Vital statistics of India. Vol. V, Reports of 1876 on armies & jails and on epidemic cholera
Year: 1876
Disease focus: Cholera
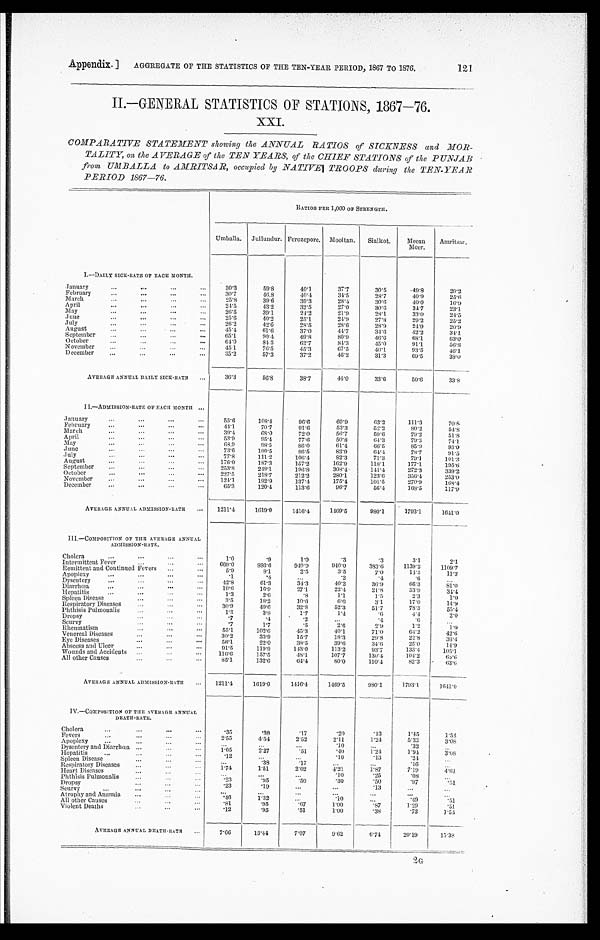
Appendix.] AGGREGATE OF THE STATISTICS OF THE TEN-YEAR PERIOD, 1867 TO 1876.
121
II.—GENERAL STATISTICS OF STATIONS, 1867—76.
XXI.
COMPARATIVE STATEMENT showing the ANNUAL RATIOS of SICKNESS and MOR
-
TALITY, on the AVERAGE of the TEN YEARS, of the CHIEF STATIONS of the PUNJAB
from UMBALLA to AMRITSAR, occupied by NATIVE TROOPS during the TEN-YEAR
PERIOD 1867—76.
RATIOS PER 1,000 OF STRENGTH.
Umballa. Jullundur. Ferozepore. Mooltan.
Sialkot.
Meean
Meer.
Amritsar.
I.—DAILY SICK-RATE OF EACH MONTH.
January . . .
30.3
59.8
40.1
37.7
30.5
49.8
29.2
February . . .
30.7
46.8
. 40. 4
34.5
28.7
40.9
2 5 . 6
March . . .
25.8
39. 6
39.3
28.4
30.6
40.0
16.9
April . . .
24.5
43.2
32.5
27.0
30.6
34. 7
2 3 . 1
May . . .
26.5
39.1
24.2
21.9
28.1
33.0
24.5
June . . .
25.6
40.2
25. 1
24.9
27.8
29.2
25.2
July . . .
26. 2
42.6
28.5
28.6
28.9
24.9
20.9
August . . .
45.4
61.6
37.0
44.7
34.6
42.2
34.1
S e p t e m b e r . . .
65.1
90. 4
49.8
80.9
46.6
68.1
63.0
O c t o b e r . . .
64.0
84.3
62.7
84.3
45.0
91.1
5 6 . 8
N o v e m b e r . . .
45.1
76.5
45.3
67.5
40.1
93.5
46.1
December . . .
35.2
57.3
37.2
46.2
31.3
69.5
38.0
AVERAGE ANNUAL DAILY SICK-RATE . . .
36.3
56.8
38.7
44.0
33.6
50.6
33.8
II.—ADMISSION-RATE OF EACH MONTH.
January . . .
55. 6
108.4
96. 6
69.9
63.2
111.3
7 0 . 8
F e b r u a r y . . .
44.1
70. 7
91.6
53.3
52.2
80.2
5 4 . 8
March . . .
39. 4
68.0
72.0
56.7
59.6
79.2
51.8
A p r i l . . .
53.9
9 5 . 4
77. 6
50.8
64.3
79.3
7 4 . 1
May . . .
68.9
98. 5
86.0
61.4
66.5
85. 9
93.0
June . . .
73.6
100.5
86.5
83.9
64.4
78.7
91.5
July . . .
77.8
111.2
106.4
82.3
71. 3
79.1
101.3
A u g u s t . . .
176.0
187.3
157.2
162.9
118.1
177.1
195.6
September . . .
253.8
248.1
196.8
308.4
141.4
272.3
339.2
O c t o b e r . . .
227.5
218.7
212.2
280.1
123.6
356.4
253.0
November . . .
124.1
192.9
137.4
175.4
101.5
270.9
1 6 8 . 4
December . . .
65.3
120.4
113.6
96.7
56.4
168.5
117.9
AVERAGE ANNUAL ADMISSION-RATE . . .
1211.4
1619.0
1416.4
1169.5
980.1
1793.1
1641.0
III.—COMPOSITION OF THE AVERAGE ANNUAL
ADMISSION-RATE.
Cholera . . .
1.0
.9
1 . 0
.3
.3
3.1
2.1
Intermittent Fever . . .
669.0
886.6
949.9
940.0
383.6
1139.2
1109.7
Remittent and Continued Fevers . . .
5.9
8.1
2.5
3.5
7 . 0
14.3
11.3
A p o p l e x y . . .
.1
.4
. . .
. 2
. 4
. 6
. . .
Dysentery . . .
42.8
61.3
34.3
40.2
36.9
66.3
8 1 . 0
Diarrhœa . . .
19. 6
16.9
27.1
22.4
21.8
33.9
34.4,
Hepatitis . . .
1.3
2.6
.8
1.1
1.5
2.3
1 . 0
Spleen Disease . . .
3 . 5
18.2
10.6
6.6
3.1
17.0
1 4 . 9
Respiratory Diseases . . .
30.9
49.6
32. 8
52.3
51.7
78.3
5 5 . 4
Phthisis Pulmonalis . . .
1.3
3.8
1.7
1 . 4
. 6
4. 4
2.0
D r o p s y . . .
. 7
.4
.2
. . .
.4
.6
. . .
Scurvy . . .
.7
1.7
.5
2.6
2.9
1.2
1 . 0
Rheumatism . . .
55.1
102.6
45.3
40.1
71.0
64.2
4 2 . 6
Venereal Diseases . . .
3 0 . 2
33. 9
15.7
18.3
29.8
22.8
3 6 . 4
E y e D i s e a s e s . . .
56. 1
22.0
38. 5
39.6
34.6
25.0
14.9
Abscess and Ulcer . . .
91.5
119.9
143.0
113.2
93.7
133.4
1 0 5 . 1
Wounds and Accidents . . .
116.6
157.5
48.1
107.7
130.4
104.2
6 5 . 6
All other Causes . . .
8 5 . 1
132.6
64.4
80.0
110.4
82.3
6 3 . 6
AVERAGE ANNUAL ADMISSION-RATE
1211.4
1619.0
1416.4
1469.5
980.1
1793.1
1641.0
IV.—COMPOSITION OF THE AVERAGE ANNUAL
DEATH-RATE.
Cholera . . .
.35
.38
.17
. 20
.13
1.45
1 . 5 4
Fevers . . .
2. 55
4.54
2.52
2.11
1.24
5.33
3.08
Apoplexy . . .
. . .
. . .
. . .
.10
. . .
. 32
. . .
Dysentery and Diarrhœa . . .
1.05
2.27
.51
.40
1 . 2 4
1. 94
3 . 0 8
H e p a t i t i s . . .
. 1 2
. . .
. . .
.10
.13
. 2 4
. . .
Spleen Disease . . .
. . .
.38
.17
. . .
. . .
. 1 6
. . .
Respiratory Diseases . . .
1 . 7 4
1.51
2.02
4.21
1.87
7.19
4 . 6 1
H e a r t D i s e a s e s . . .
. . .
. . .
. . .
. 1 0
. 2 5
.08
. . .
Phthìsis Pulmonalis . . .
. 2 3
.95
.50
.30
.50
.97
.51
Dropsy . . .
.23
.19
. . .
. . .
.13
. . .
. . .
Scurvy . . .
. . .
. . .
. . .
. . .
. . .
. . .
. . .
Atrophy and Anæmia . . .
. 4 6
1.32
. . .
.10
. . .
. 4 9
.51
All other Causes . . .
. 8 1
.95
.67
1.00
.87
1.29
.51
Violent Deaths . . .
.12
.95
.51
1.00
.38
.73
1 . 5 4
AVERAGE ANNUAL DEATH-RATE
. . .
7. 66
13.44
7.07
9.62
6.74
20.19
15.38
2G